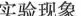
实验现象